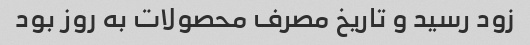
زود رسید و تاریخ مصرف محصولات به روز بود